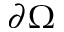
\partial \Omega